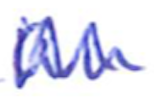
Text: an
Cross-out: zig-zag
Writing tool: ballpoint